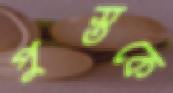
পুস্তকে